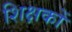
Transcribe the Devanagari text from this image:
शिक्षकों